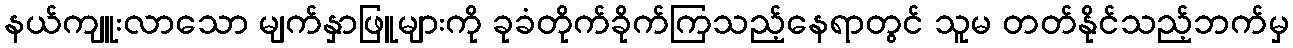
နယ်ကျူးလာသော မျက်နှာဖြူများကို ခုခံတိုက်ခိုက်ကြသည့်နေရာတွင် သူမ တတ်နိုင်သည့်ဘက်မှ